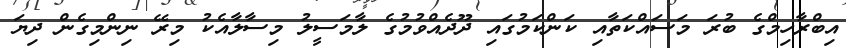
އިބްރާހިމްގެ ބުރަ މަސައްކަތާއި ކަންކަމުގައި ދޫދެއްވުމުގެ ލާމަސީލު މިސާލާއެކު މިރޭ ނިންމިގެން ދިޔަ